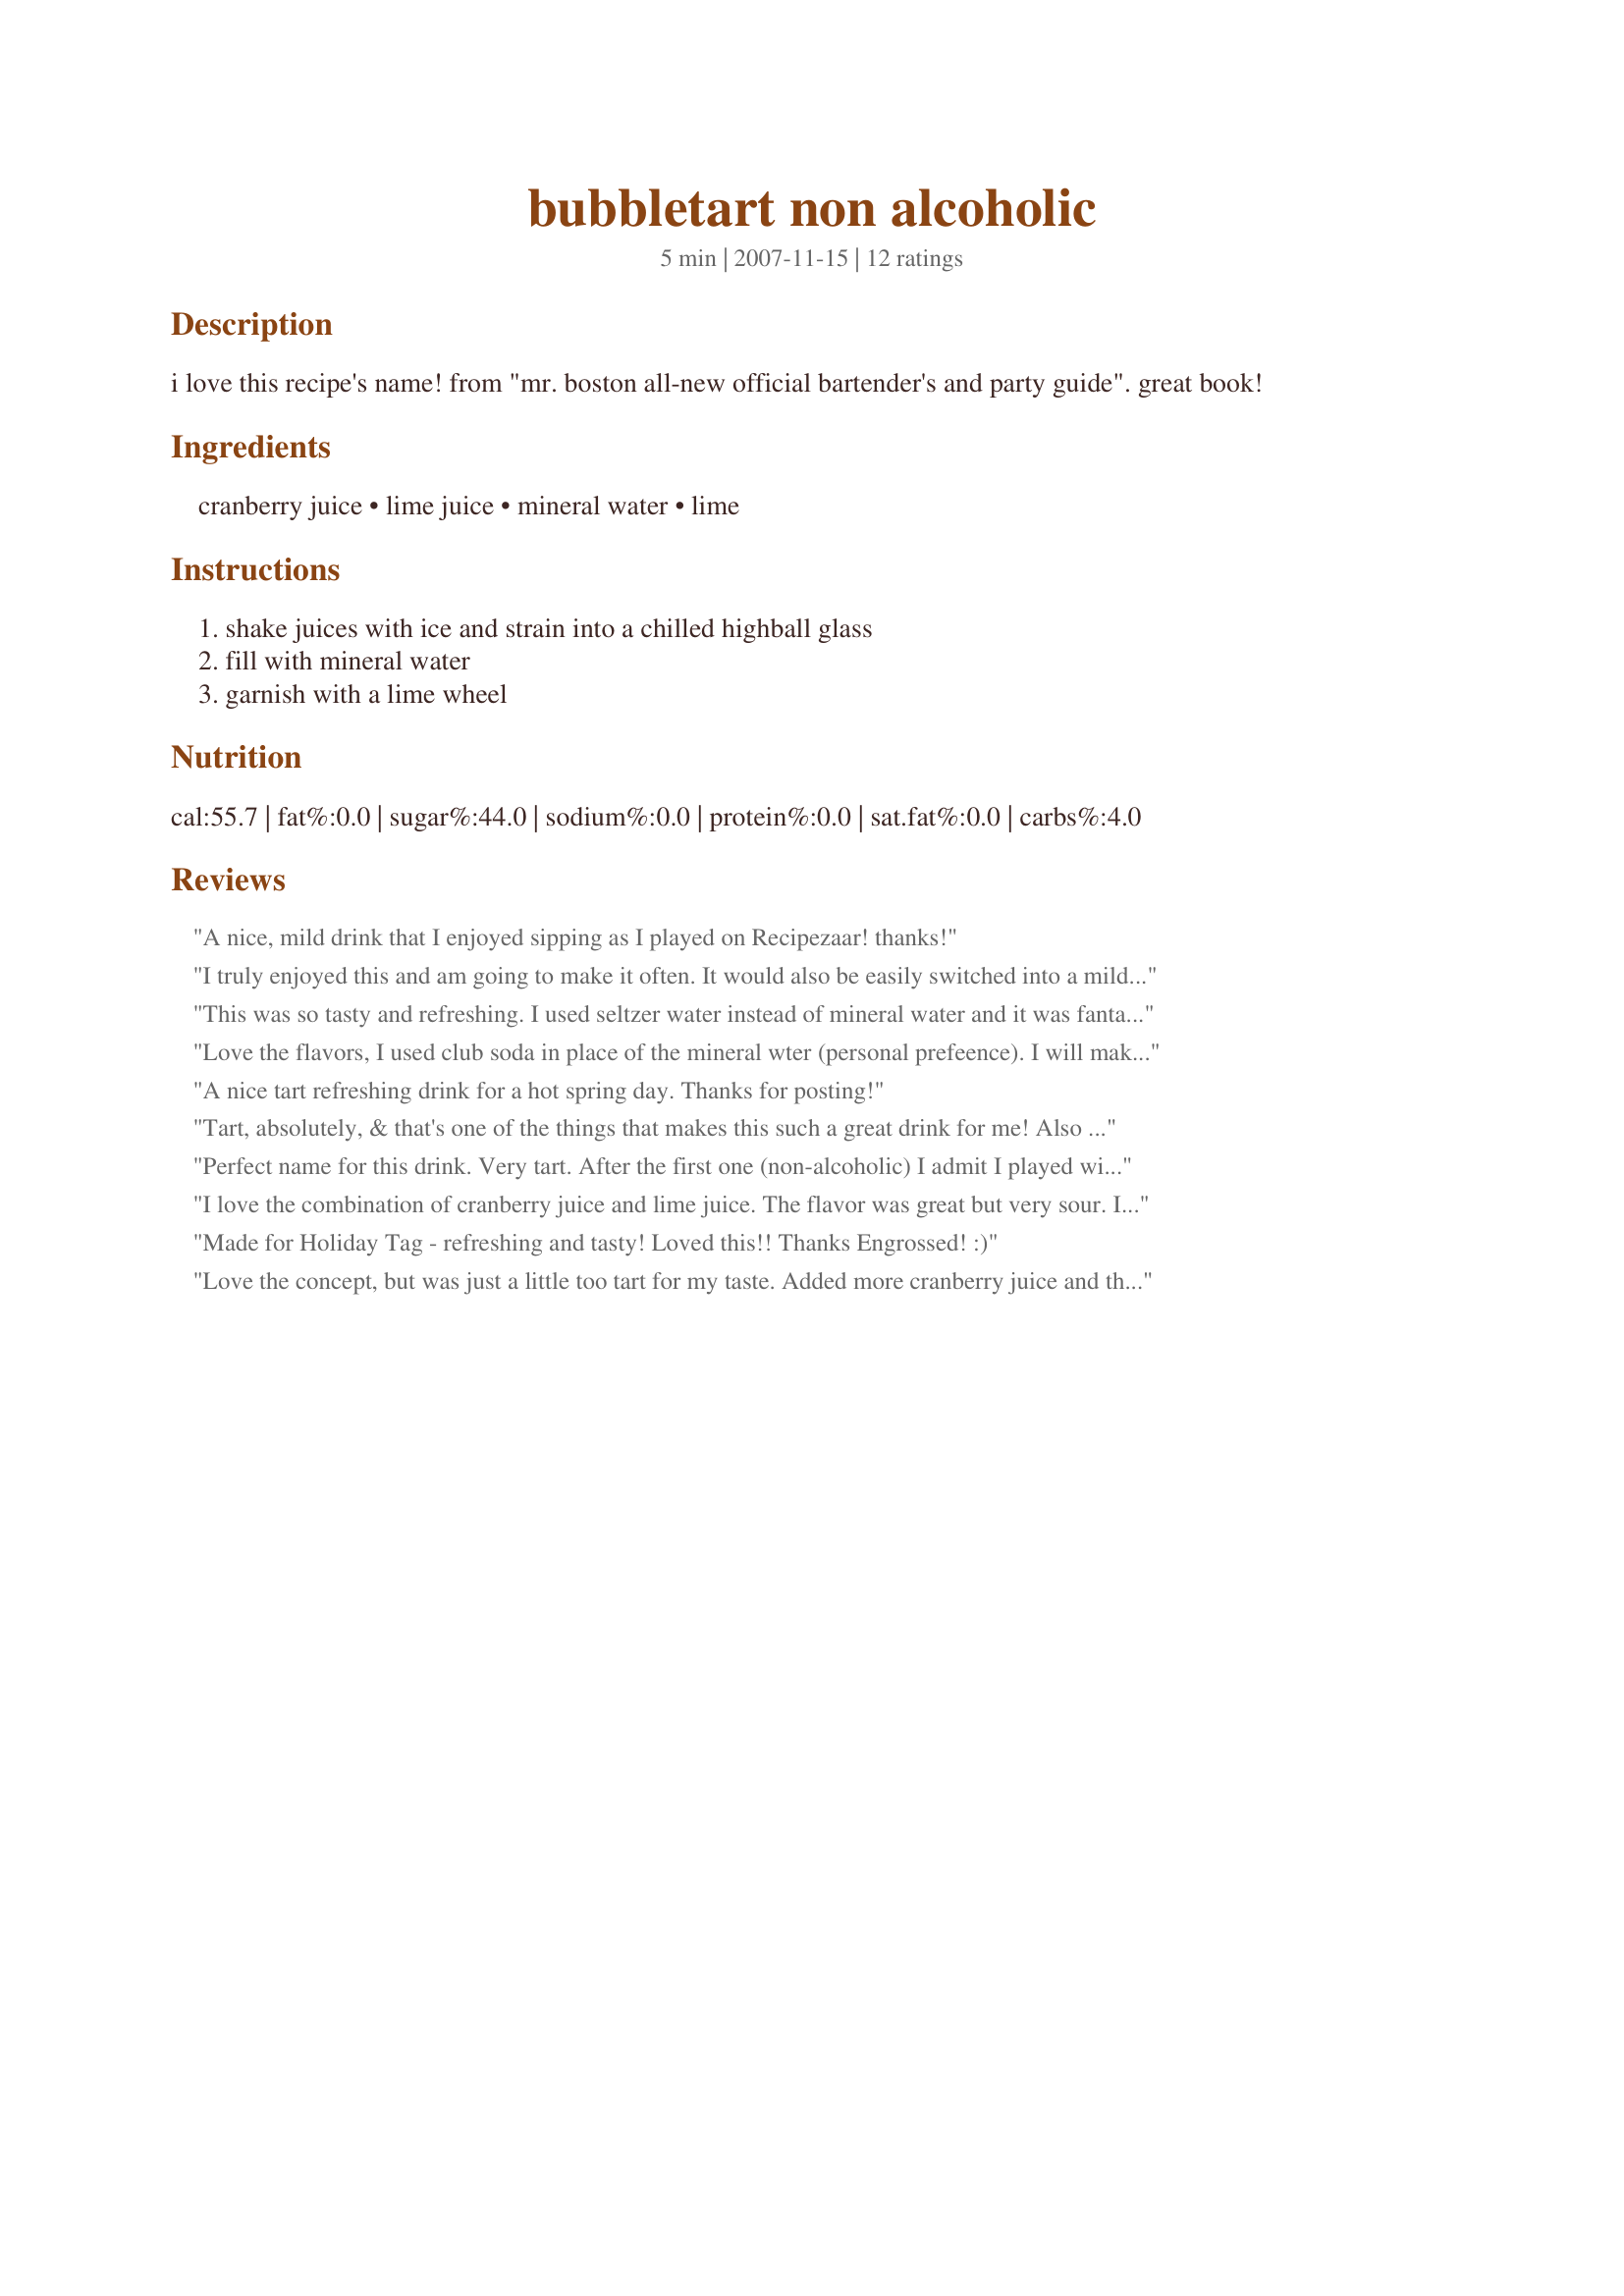
bubbletart non alcoholic
Preparation time: 5 minutes

i love this recipe's name! from "mr. boston all-new official bartender's and party guide". great book!

Ingredients:
cranberry juice, lime juice, mineral water, lime

Steps:
shake juices with ice and strain into a chilled highball glass, fill with mineral water, garnish with a lime wheel

Reviews:
A nice, mild drink that I enjoyed sipping as I played on Recipezaar! thanks!
I truly enjoyed this and am going to make it often. It would also be easily switched into a mild cocktail with some wine for the lime or champagne for the mineral water.
This was so tasty and refreshing. I used seltzer water instead of mineral water and it was fantastic. Thanks for the great recipe. Reviewed for PAC Spring 2008.
Love the flavors, I used club soda in place of the mineral wter (personal prefeence). I will make this all summer long. Thanks for posting a great refresher! **Made for March 2008 Beverage Tag**
A nice tart refreshing drink for a hot spring day. Thanks for posting!
Tart, absolutely, & that's one of the things that makes this such a great drink for me! Also loved the flavor combo of cranberry & lime! Might try it again using a carbonated water, but the recipe is just fine, as is! Thanks for sharing! [Tagged, made & reviewed in Newest Zaar Tag cooking game]
Perfect name for this drink. Very tart. After the first one (non-alcoholic) I admit I played with it by adding some Barcardi Peach Red rum. Yummy.
I love the combination of cranberry juice and lime juice. The flavor was great but very sour. I had to add sugar and I don't really like adding sugar to juice drinks. Made for Holiday Tag.
Made for Holiday Tag - refreshing and tasty! Loved this!! Thanks Engrossed! :)
Love the concept, but was just a little too tart for my taste. Added more cranberry juice and that seemed to do it. Thnx for posting your recipe, Engrossed. Made for THINK PINK Oct 2009.
Most tasty; definitely tart. Basically a non-alcoholic Cosmopolitan. Quite refreshing -- nice for those nights you feel like a grown up drink, but don't want to feel it in the morning :)
A bit on the tart side for me. I left out the garnish because there was enough lime juice going on. But it was good to the last drop.
